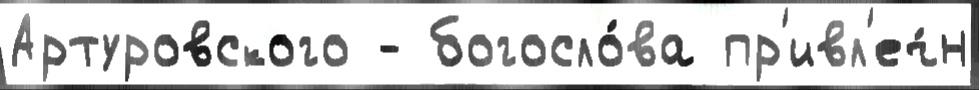
Артуровского - богосло́ва пр'ивл'еч́н